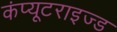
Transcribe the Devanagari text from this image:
कंप्यूटराइज्ड